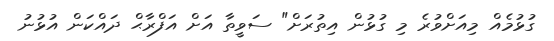
ގުޅުމެއް މިއަށްވުރެ މި ގުޅުން އިތުރަށް" ސަވީތާ އަށް އަފްރާޙް ދައްކަން އުޅުނު